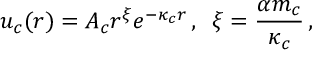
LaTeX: u _ { c } ( r ) = A _ { c } r ^ { \xi } e ^ { - \kappa _ { c } r } \, , \, \, \, \xi = \frac { \alpha m _ { c } } { \kappa _ { c } } \, ,